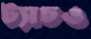
ট্যাচও